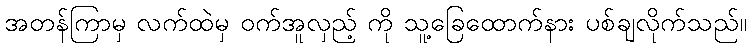
အတန်ကြာမှ လက်ထဲမှ ဝက်အူလှည့် ကို သူ့ခြေထောက်နား ပစ်ချလိုက်သည်။